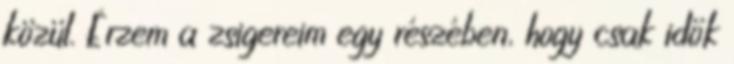
közül. Érzem a zsigereim egy részében, hogy csak idők